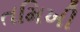
તમિખી